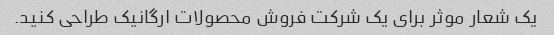
یک شعار موثر برای یک شرکت فروش محصولات ارگانیک طراحی کنید.